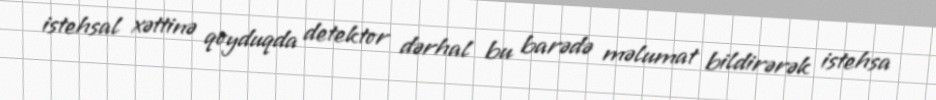
istehsal xəttinə qoyduqda detektor dərhal bu barədə məlumat bildirərək istehsa